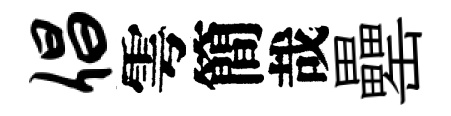
倡雩簡哉罍